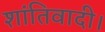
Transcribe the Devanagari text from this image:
शांतिवादी।